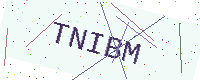
Text: TNIBM